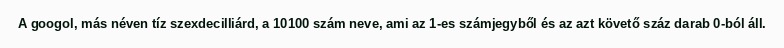
A googol, más néven tíz szexdecilliárd, a 10100 szám neve, ami az 1-es számjegyből és az azt követő száz darab 0-ból áll.